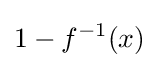
1-f^{-1}(x)